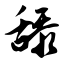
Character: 舔